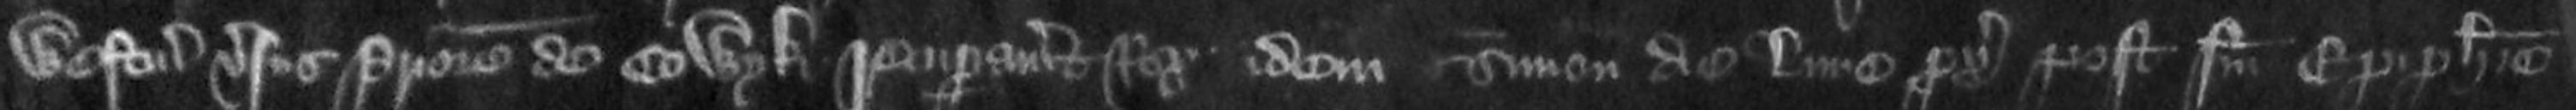
Westmonasterium versus Priorem de Colwyk recuperavit Rex idem Simon die Lune proximo post Festum Epiphanie